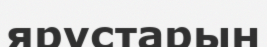
ярустарын